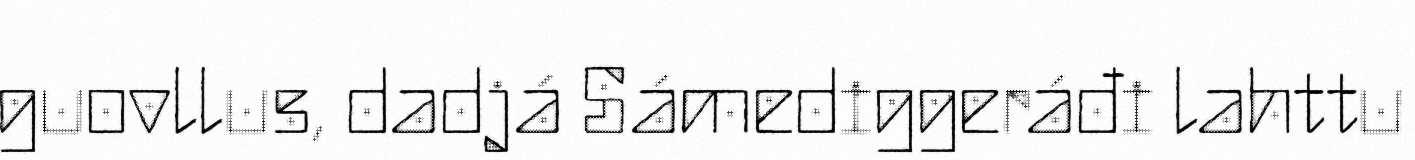
guovllus, dadjá Sámediggeráđi lahttu